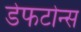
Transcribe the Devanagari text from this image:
डेफटोन्स